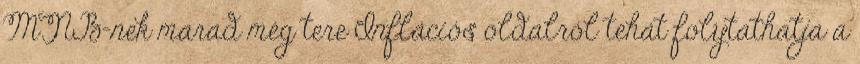
MNB-nek marad még tere Inflációs oldalról tehát folytathatja a